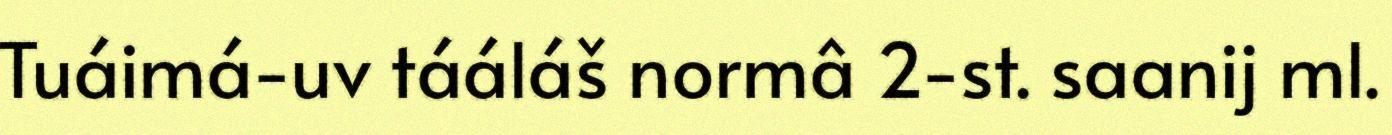
Tuáimá-uv tááláš normâ 2-st. saanij ml.